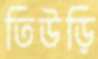
তিউড়ি